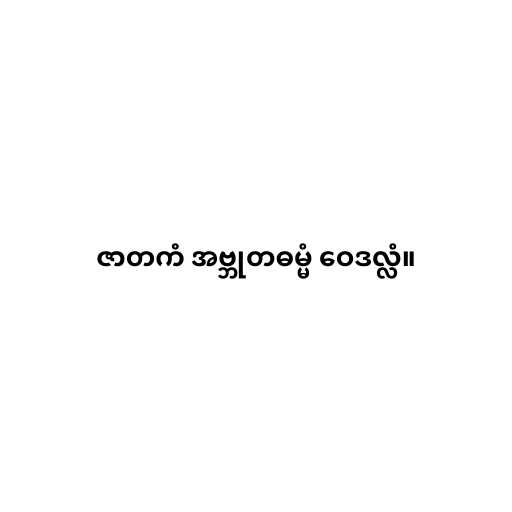
ဇာတကံ အဗ္ဘုတဓမ္မံ ဝေဒလ္လံ။